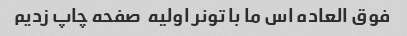
فوق العاده اس ما با تونر اولیه  صفحه چاپ زدیم